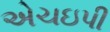
એચઇપી